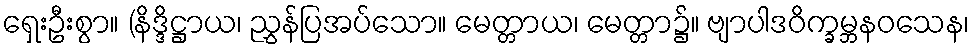
ရှေးဦးစွာ။ (နိဒ္ဒိဋ္ဌာယ၊ ညွှန်ပြအပ်သော။ မေတ္တာယ၊ မေတ္တာ၌။ ဗျာပါဒဝိက္ခမ္ဘနဝသေန၊